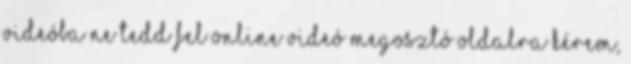
videóba Ne tedd fel online videó megosztó oldalra Kérem,